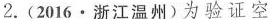
2.(2016·浙江温州)为验证空